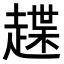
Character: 𧽅